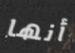
أنها